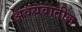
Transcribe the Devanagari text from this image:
अवयवातील